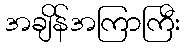
အချိန်အကြာကြီး